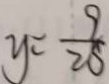
y = \frac { 9 } { 2 8 }